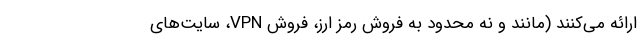
ارائه می‌کنند (مانند و نه محدود به فروش رمز ارز، فروش VPN، سایت‌های